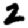
Digit: 2